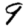
Digit: 9